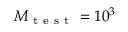
M _ { \mathrm { ~ t ~ e ~ s ~ t ~ } } = 1 0 ^ { 3 }